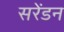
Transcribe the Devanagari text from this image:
सरेंडन